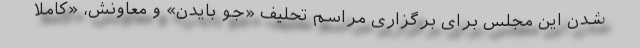
شدن این مجلس برای برگزاری مراسم تحلیف «جو بایدن» و معاونش، «کاملا